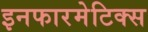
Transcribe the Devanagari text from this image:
इनफारमेटिक्स